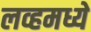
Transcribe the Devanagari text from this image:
लव्हमध्ये